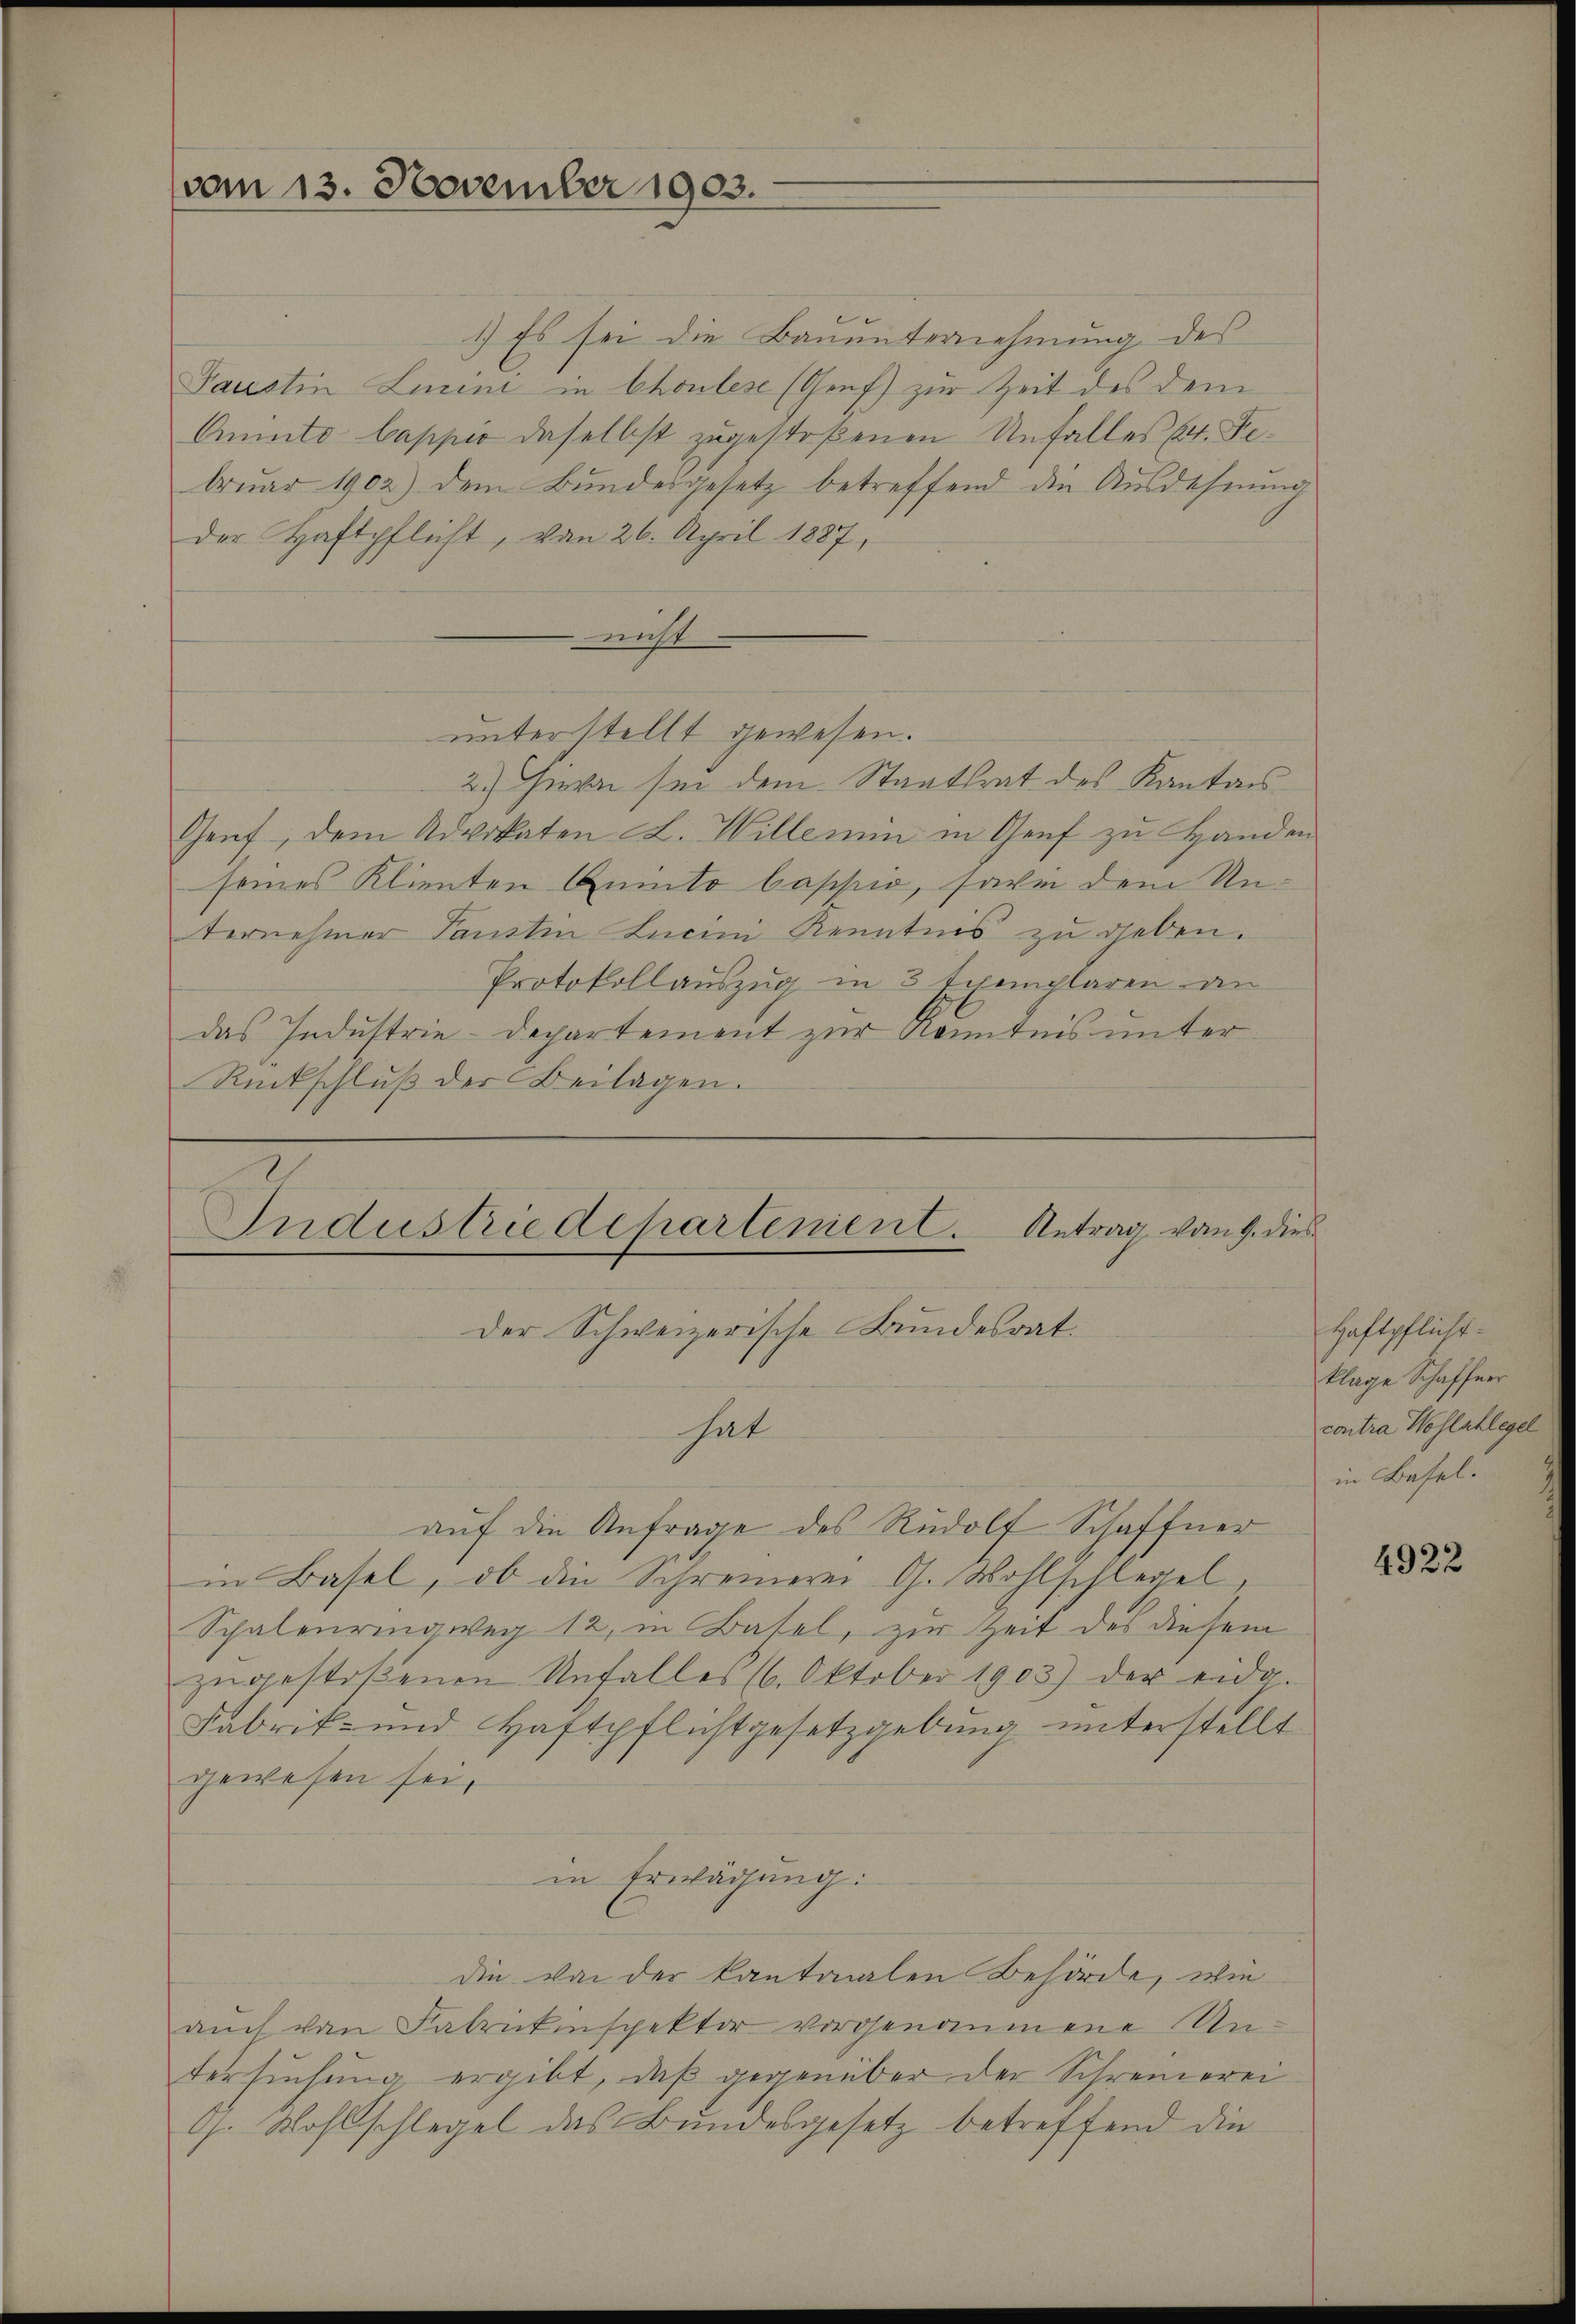
vom 13. November 1903.

1.) Es sei die Bauunternehmung des
Faustin Linini in Choules (Gref) zur Zeit des dem
Aunto bappio daselbst zugestoßenen Unfalles (v. Februar 1902) dem Bundesgesetz betreffend die Ausdehnung
der Haftpflicht, von 26. April 1887,
nicht
2) Hievon sei dem Staatsrat des Kantons¬
Genf, dem Advokaten L. Willemen in Genf zu Handen
seines Klienten Quito bappio, savi dem Unternehmer Tansten Lucini Kenntnis zu geben.
Protokollauszug in 3 Exemplaren an
das Industrie-Departement zur Kenntnis unter¬
Rückschlŭβ der Beilagen.

unterstellt gewesen.

E
Industrie departenient. Antrag vom 9. dies

Der Schweizerische Bundesrat.
hat
auf die Anfrage des Rudolf Schaffner
in Basel, ob die Schreinerei G. Wohlschlegel,
Schalenringweg 12, in Basel, zur Zeit des diesem
zugestoßenen Unfalles (6. Oktober 1903) der eidg.
Fabrik- und Haftpflichtgesetzgebung unterstellt
gewesen sei,
in Erwägŭng:
die von der kantonalen Behörde, wie
aŭch von Fabrikinspektor vorgenommene Un-
tersŭchŭng ergibt, daβ gegenüber der Schreinerei
G. Wohlschlegel das Bundesgesetz betreffend die

Haftpflicht.
klage Schaffner
contra Wohlablege
in Basel.

4922